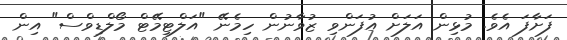
ފަށާފަ އެވެ. މުޅިން އަލަށް އުފަންވި ޒުވާނުން ހިމެނޭ "އަލްޓިމޭޓް މޯލްޑިވްސް" އިން